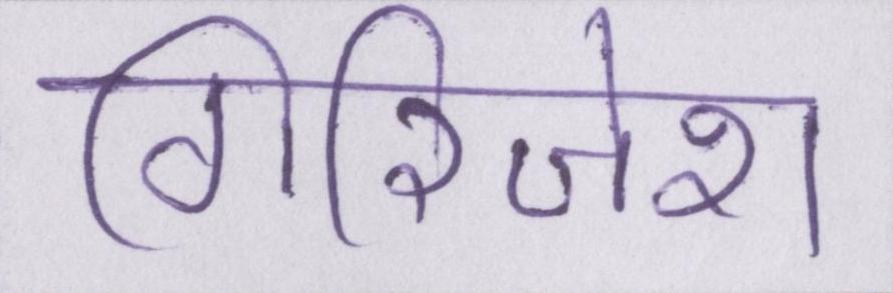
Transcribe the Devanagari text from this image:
गिरिजेश